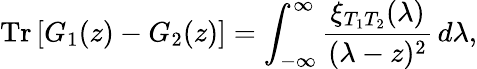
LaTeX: \mathrm{Tr}\left[G_{1}(z)-G_{2}(z)\right]=\int_{-\infty}^{\infty}\frac{\xi_{T_{1}T_{2}}(\lambda)}{(\lambda-z)^{2}}\, d\lambda,